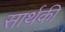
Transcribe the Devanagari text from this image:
सार्थकी